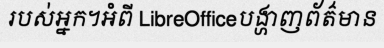
របស់អ្នក។អំពី LibreOfficeបង្ហាញព័ត៌មាន